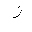
Letter: _zay